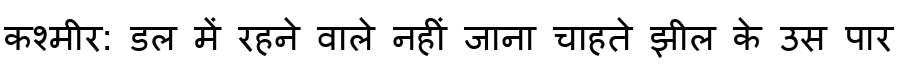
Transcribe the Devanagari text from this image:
कश्मीर: डल में रहने वाले नहीं जाना चाहते झील के उस पार